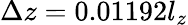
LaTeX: \Delta z=0.01192l_{z}